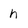
Character: h